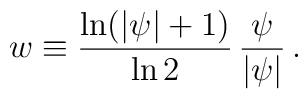
w \equiv \frac{\ln(|\psi|+1)}{\ln 2} \, \frac{\psi}{|\psi|} \, .